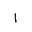
Letter: _alif